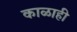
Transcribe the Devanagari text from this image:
काळाही